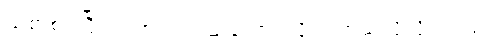
ညစာစားပြီး လက်ဖက်ရည်သောက်ဖို့ တကယ်လိုလို့လားဗျာ